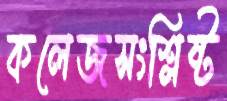
কলেজসংশ্লিষ্ট